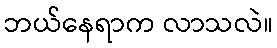
ဘယ်နေရာက လာသလဲ။